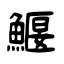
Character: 鰋